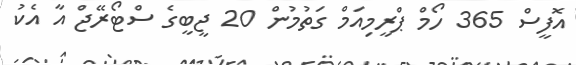
އޮފީސް 365 ހޯމް ޕްރީމިއަމް ގަތުމުން 20 ޖީބީގެ ސްޓޯރޭޖް އާ އެކު